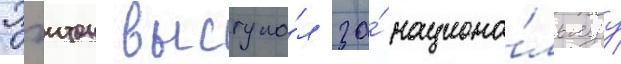
Пэитон выступа́л за́ национа́льнуу